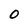
Character: 0